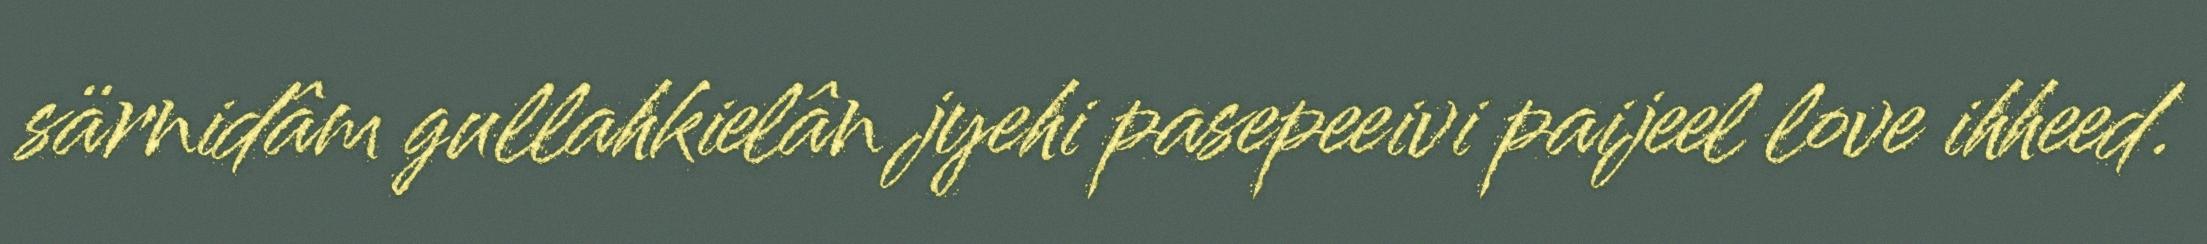
särnidâm gullahkielân jyehi pasepeeivi paijeel love ihheed.